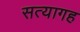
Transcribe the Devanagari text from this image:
सत्यागह